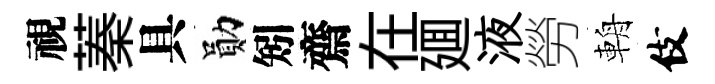
視蓁具勛矧齋在廽液勞輈伎